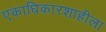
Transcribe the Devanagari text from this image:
एकाधिकारशाहीला